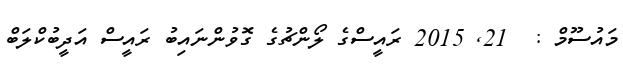
މައުސޫމް :  21